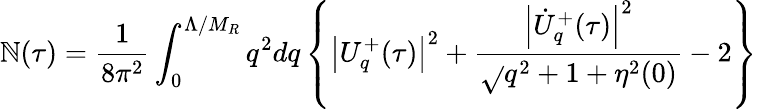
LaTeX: \mathbb{N}(\tau)=\frac{{1}}{{8\pi^{2}}}\int_{0}^{\Lambda/M_{R}}q^{2}dq\left\{ \left|U_{q}^{+}(\tau)\right|^{2}+\frac{{\left|\dot{{U}}_{q}^{+}(\tau)\right|^{2}}}{{\sqrt{}{{q^{2}+1+\eta^{2}(0)}}}}-2\right\}